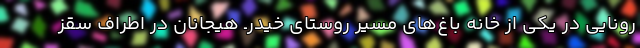
رونایی در یکی از خانه باغ‌های مسیر روستای خیدرـ هیجانان در اطراف سقز